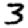
Digit: 3